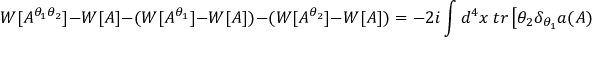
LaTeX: W [ A ^ { \theta _ { 1 } \theta _ { 2 } } ] - W [ A ] - ( W [ A ^ { \theta _ { 1 } } ] - W [ A ] ) - ( W [ A ^ { \theta _ { 2 } } ] - W [ A ] ) = - 2 i \int d ^ { 4 } x \ t r \left[ \theta _ { 2 } \delta _ { \theta _ { 1 } } a ( A ) \right]